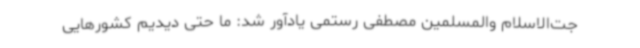
جت‌الاسلام والمسلمین مصطفی رستمی یادآور شد: ما حتی دیدیم کشورهایی